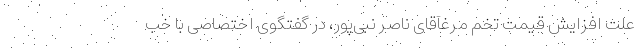
علت افزایش قیمت تخم مرغآقای ناصر نبی‌پور، در گفتگوی اختصاصی با خب